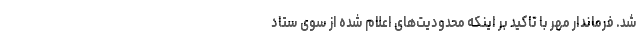
شد. فرماندار مهر با تاکید بر اینکه محدودیت‌های اعلام شده از سوی ستاد